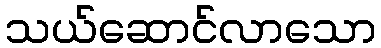
သယ်ဆောင်လာသော